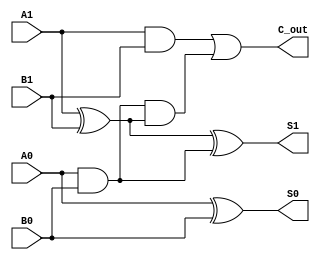
module cascaded_half_adder (
    input wire A1, A0,  // Higher and lower order bits of first number
    input wire B1, B0,  // Higher and lower order bits of second number
    output wire S1, S0, // 2-bit sum output
    output wire C_out    // Carry output
);

// Intermediate signals for carry
wire C1; // Carry from the first half-adder

// First Half-Adder (HA1)
assign S0 = A0 ^ B0; // Sum output for HA1
assign C1 = A0 & B0; // Carry output for HA1

// Second Half-Adder (HA2)
assign S1 = A1 ^ B1 ^ C1; // Sum output for HA2
assign C_out = (A1 & B1) | (C1 & (A1 ^ B1)); // Carry output for HA2

endmodule